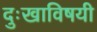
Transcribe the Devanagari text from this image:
दुःखाविषयी